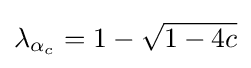
\lambda _{\alpha _{c}}=1-{\sqrt {1-4c}}